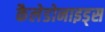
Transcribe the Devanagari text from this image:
कैलेडोनाइड्स